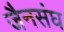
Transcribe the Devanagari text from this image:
जैनसंघ